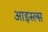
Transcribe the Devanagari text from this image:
आइस्ल्स